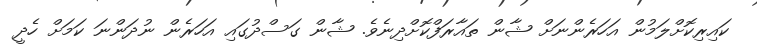
ކައިރިކޮށްލަމުން އަހަރެންނަށް ޝާން ތައާރަފްކޮށްދިނެވެ. ޝާން ގަސްދުގައި އަހަރެން ނުދަންނަ ކަމަށް ހެދީ